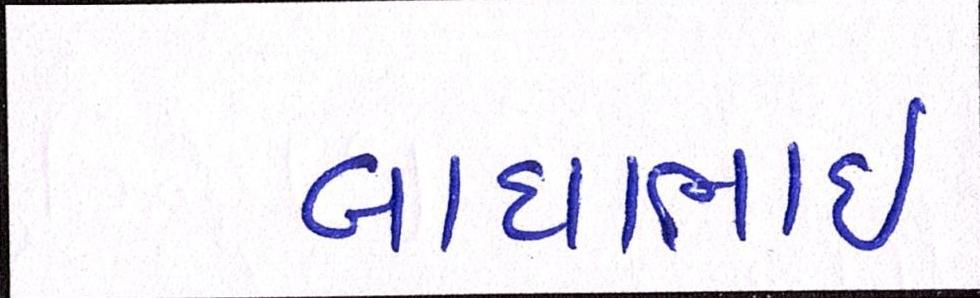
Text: બાઘાભાઇ